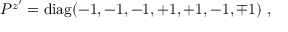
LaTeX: P ^ { z ^ { \prime } } = \mathrm { d i a g } ( - 1 , - 1 , - 1 , + 1 , + 1 , - 1 , \mp 1 ) ~ , ~ \,